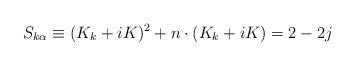
LaTeX: \begin{align*}S_{k\alpha }\equiv (K_{k}+iK)^{2}+n\cdot (K_{k}+iK)=2-2j\end{align*}